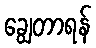
ချွေတာရန်